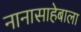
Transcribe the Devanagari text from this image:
नानासाहेबाला